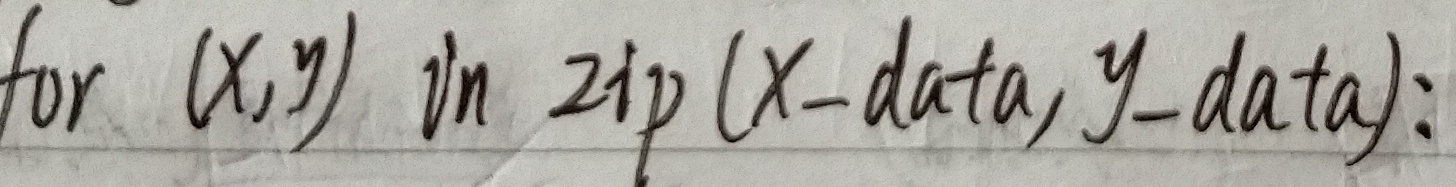
for $(x,y)$ in zip $(X - data, y - data)$: